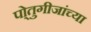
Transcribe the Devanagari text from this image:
पो्तुगीजांच्या